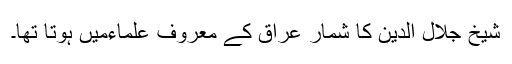
شیخ جلال الدین کا شمار عراق کے معروف علماءمیں ہوتا تھا۔